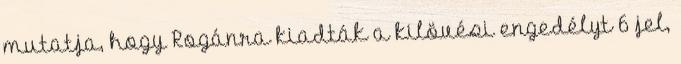
mutatja, hogy Rogánra kiadták a kilövési engedélyt 6 jel,